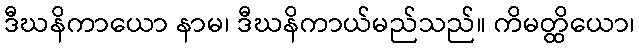
ဒီဃနိကာယော နာမ၊ ဒီဃနိကာယ်မည်သည်။ ကိမတ္ထိယော၊